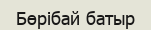
Бөрібай батыр